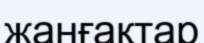
жанғақтар